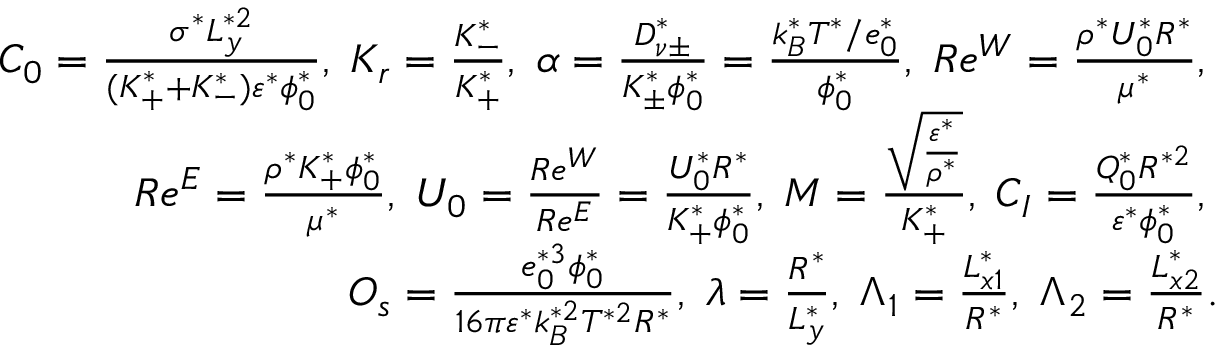
\begin{array} { r } { C _ { 0 } = \frac { \sigma ^ { * } L _ { y } ^ { * 2 } } { ( K _ { + } ^ { * } + K _ { - } ^ { * } ) \varepsilon ^ { * } \phi _ { 0 } ^ { * } } , \; K _ { r } = \frac { K _ { - } ^ { * } } { K _ { + } ^ { * } } , \; \alpha = \frac { D _ { \nu \pm } ^ { * } } { K _ { \pm } ^ { * } \phi _ { 0 } ^ { * } } = \frac { k _ { B } ^ { * } T ^ { * } / e _ { 0 } ^ { * } } { \phi _ { 0 } ^ { * } } , \; R e ^ { W } = \frac { \rho ^ { * } U _ { 0 } ^ { * } R ^ { * } } { \mu ^ { * } } , \; } \\ { R e ^ { E } = \frac { \rho ^ { * } K _ { + } ^ { * } \phi _ { 0 } ^ { * } } { \mu ^ { * } } , \; U _ { 0 } = \frac { R e ^ { W } } { R e ^ { E } } = \frac { U _ { 0 } ^ { * } R ^ { * } } { K _ { + } ^ { * } \phi _ { 0 } ^ { * } } , \; M = \frac { \sqrt { \frac { \varepsilon ^ { * } } { \rho ^ { * } } } } { K _ { + } ^ { * } } , \; C _ { I } = \frac { Q _ { 0 } ^ { * } R ^ { * 2 } } { \varepsilon ^ { * } \phi _ { 0 } ^ { * } } , \; } \\ { O _ { s } = \frac { e _ { 0 } ^ { * 3 } \phi _ { 0 } ^ { * } } { 1 6 \pi \varepsilon ^ { * } k _ { B } ^ { * 2 } T ^ { * 2 } R ^ { * } } , \; \lambda = \frac { R ^ { * } } { L _ { y } ^ { * } } , \; \Lambda _ { 1 } = \frac { L _ { x 1 } ^ { * } } { R ^ { * } } , \; \Lambda _ { 2 } = \frac { L _ { x 2 } ^ { * } } { R ^ { * } } . } \end{array}